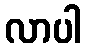
လာပါ